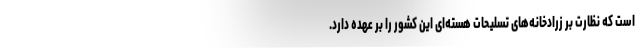
است که نظارت بر زرادخانه‌های تسلیحات هسته‌ای این کشور را بر عهده دارد.